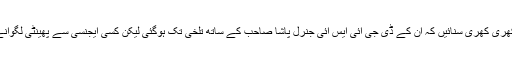
2مئی کے بعد جی ایچ کیو کی بریفنگ میں ان کو اتنی کھری کھری سنائیں کہ ان کے ڈی جی آئی ایس آئی جنرل پاشا صاحب کے ساتھ تلخی تک ہوگئی لیکن کسی ایجنسی سے پھینٹی لگوانے کی بجائے وہ اس سے بھی بڑھ کر عزت دیتے رہے۔